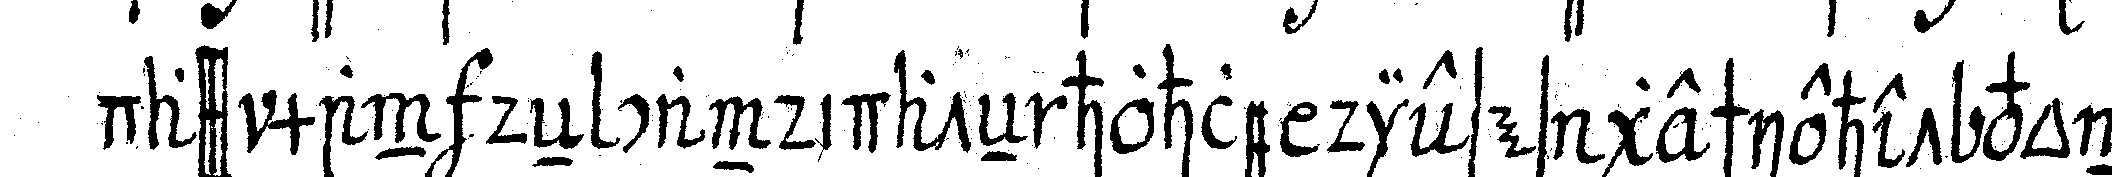
dass man deN candidateN hohle dieses geschiehet von